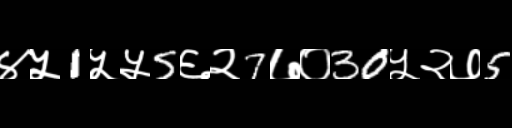
Text: ४५1५५5६२7७०30५२७5